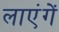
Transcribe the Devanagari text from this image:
लाएंगें